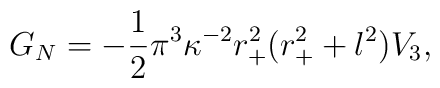
G_N=-\frac{1}{2}\pi ^3 \kappa^{-2 }r_+^2 (r_+^2 +l^2)V_3,